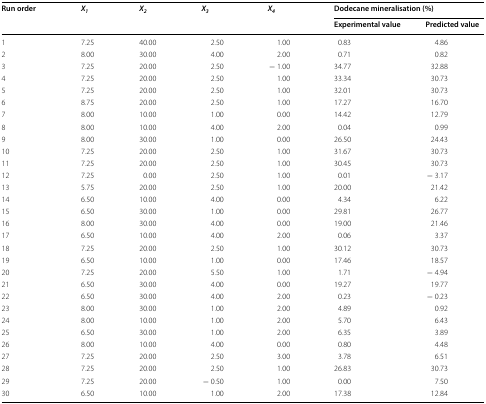
<table><thead><tr><td rowspan="2"><b>Run order</b></td><td rowspan="2"><b><i>X</i><sub><i>1</i></sub></b></td><td rowspan="2"><b><i>X</i><sub><i>2</i></sub></b></td><td rowspan="2"><b><i>X</i><sub><i>3</i></sub></b></td><td rowspan="2"><b><i>X</i><sub><i>4</i></sub></b></td><td colspan="2"><b>Dodecane mineralisation (%)</b></td></tr><tr><td><b>Experimental value</b></td><td><b>Predicted value</b></td></tr></thead><tbody><tr><td>1</td><td>7.25</td><td>40.00</td><td>2.50</td><td>1.00</td><td>0.83</td><td>4.86</td></tr><tr><td>2</td><td>8.00</td><td>30.00</td><td>4.00</td><td>2.00</td><td>0.71</td><td>0.82</td></tr><tr><td>3</td><td>7.25</td><td>20.00</td><td>2.50</td><td>− 1.00</td><td>34.77</td><td>32.88</td></tr><tr><td>4</td><td>7.25</td><td>20.00</td><td>2.50</td><td>1.00</td><td>33.34</td><td>30.73</td></tr><tr><td>5</td><td>7.25</td><td>20.00</td><td>2.50</td><td>1.00</td><td>32.01</td><td>30.73</td></tr><tr><td>6</td><td>8.75</td><td>20.00</td><td>2.50</td><td>1.00</td><td>17.27</td><td>16.70</td></tr><tr><td>7</td><td>8.00</td><td>10.00</td><td>1.00</td><td>0.00</td><td>14.42</td><td>12.79</td></tr><tr><td>8</td><td>8.00</td><td>10.00</td><td>4.00</td><td>2.00</td><td>0.04</td><td>0.99</td></tr><tr><td>9</td><td>8.00</td><td>30.00</td><td>1.00</td><td>0.00</td><td>26.50</td><td>24.43</td></tr><tr><td>10</td><td>7.25</td><td>20.00</td><td>2.50</td><td>1.00</td><td>31.67</td><td>30.73</td></tr><tr><td>11</td><td>7.25</td><td>20.00</td><td>2.50</td><td>1.00</td><td>30.45</td><td>30.73</td></tr><tr><td>12</td><td>7.25</td><td>0.00</td><td>2.50</td><td>1.00</td><td>0.01</td><td>− 3.17</td></tr><tr><td>13</td><td>5.75</td><td>20.00</td><td>2.50</td><td>1.00</td><td>20.00</td><td>21.42</td></tr><tr><td>14</td><td>6.50</td><td>10.00</td><td>4.00</td><td>0.00</td><td>4.34</td><td>6.22</td></tr><tr><td>15</td><td>6.50</td><td>30.00</td><td>1.00</td><td>0.00</td><td>29.81</td><td>26.77</td></tr><tr><td>16</td><td>8.00</td><td>30.00</td><td>4.00</td><td>0.00</td><td>19.00</td><td>21.46</td></tr><tr><td>17</td><td>6.50</td><td>10.00</td><td>4.00</td><td>2.00</td><td>0.06</td><td>3.37</td></tr><tr><td>18</td><td>7.25</td><td>20.00</td><td>2.50</td><td>1.00</td><td>30.12</td><td>30.73</td></tr><tr><td>19</td><td>6.50</td><td>10.00</td><td>1.00</td><td>0.00</td><td>17.46</td><td>18.57</td></tr><tr><td>20</td><td>7.25</td><td>20.00</td><td>5.50</td><td>1.00</td><td>1.71</td><td>− 4.94</td></tr><tr><td>21</td><td>6.50</td><td>30.00</td><td>4.00</td><td>0.00</td><td>19.27</td><td>19.77</td></tr><tr><td>22</td><td>6.50</td><td>30.00</td><td>4.00</td><td>2.00</td><td>0.23</td><td>− 0.23</td></tr><tr><td>23</td><td>8.00</td><td>30.00</td><td>1.00</td><td>2.00</td><td>4.89</td><td>0.92</td></tr><tr><td>24</td><td>8.00</td><td>10.00</td><td>1.00</td><td>2.00</td><td>5.70</td><td>6.43</td></tr><tr><td>25</td><td>6.50</td><td>30.00</td><td>1.00</td><td>2.00</td><td>6.35</td><td>3.89</td></tr><tr><td>26</td><td>8.00</td><td>10.00</td><td>4.00</td><td>0.00</td><td>0.80</td><td>4.48</td></tr><tr><td>27</td><td>7.25</td><td>20.00</td><td>2.50</td><td>3.00</td><td>3.78</td><td>6.51</td></tr><tr><td>28</td><td>7.25</td><td>20.00</td><td>2.50</td><td>1.00</td><td>26.83</td><td>30.73</td></tr><tr><td>29</td><td>7.25</td><td>20.00</td><td>− 0.50</td><td>1.00</td><td>0.00</td><td>7.50</td></tr><tr><td>30</td><td>6.50</td><td>10.00</td><td>1.00</td><td>2.00</td><td>17.38</td><td>12.84</td></tr></tbody></table>